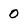
Character: 0